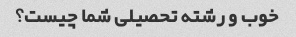
خوب و رشته تحصیلی شما چیست؟